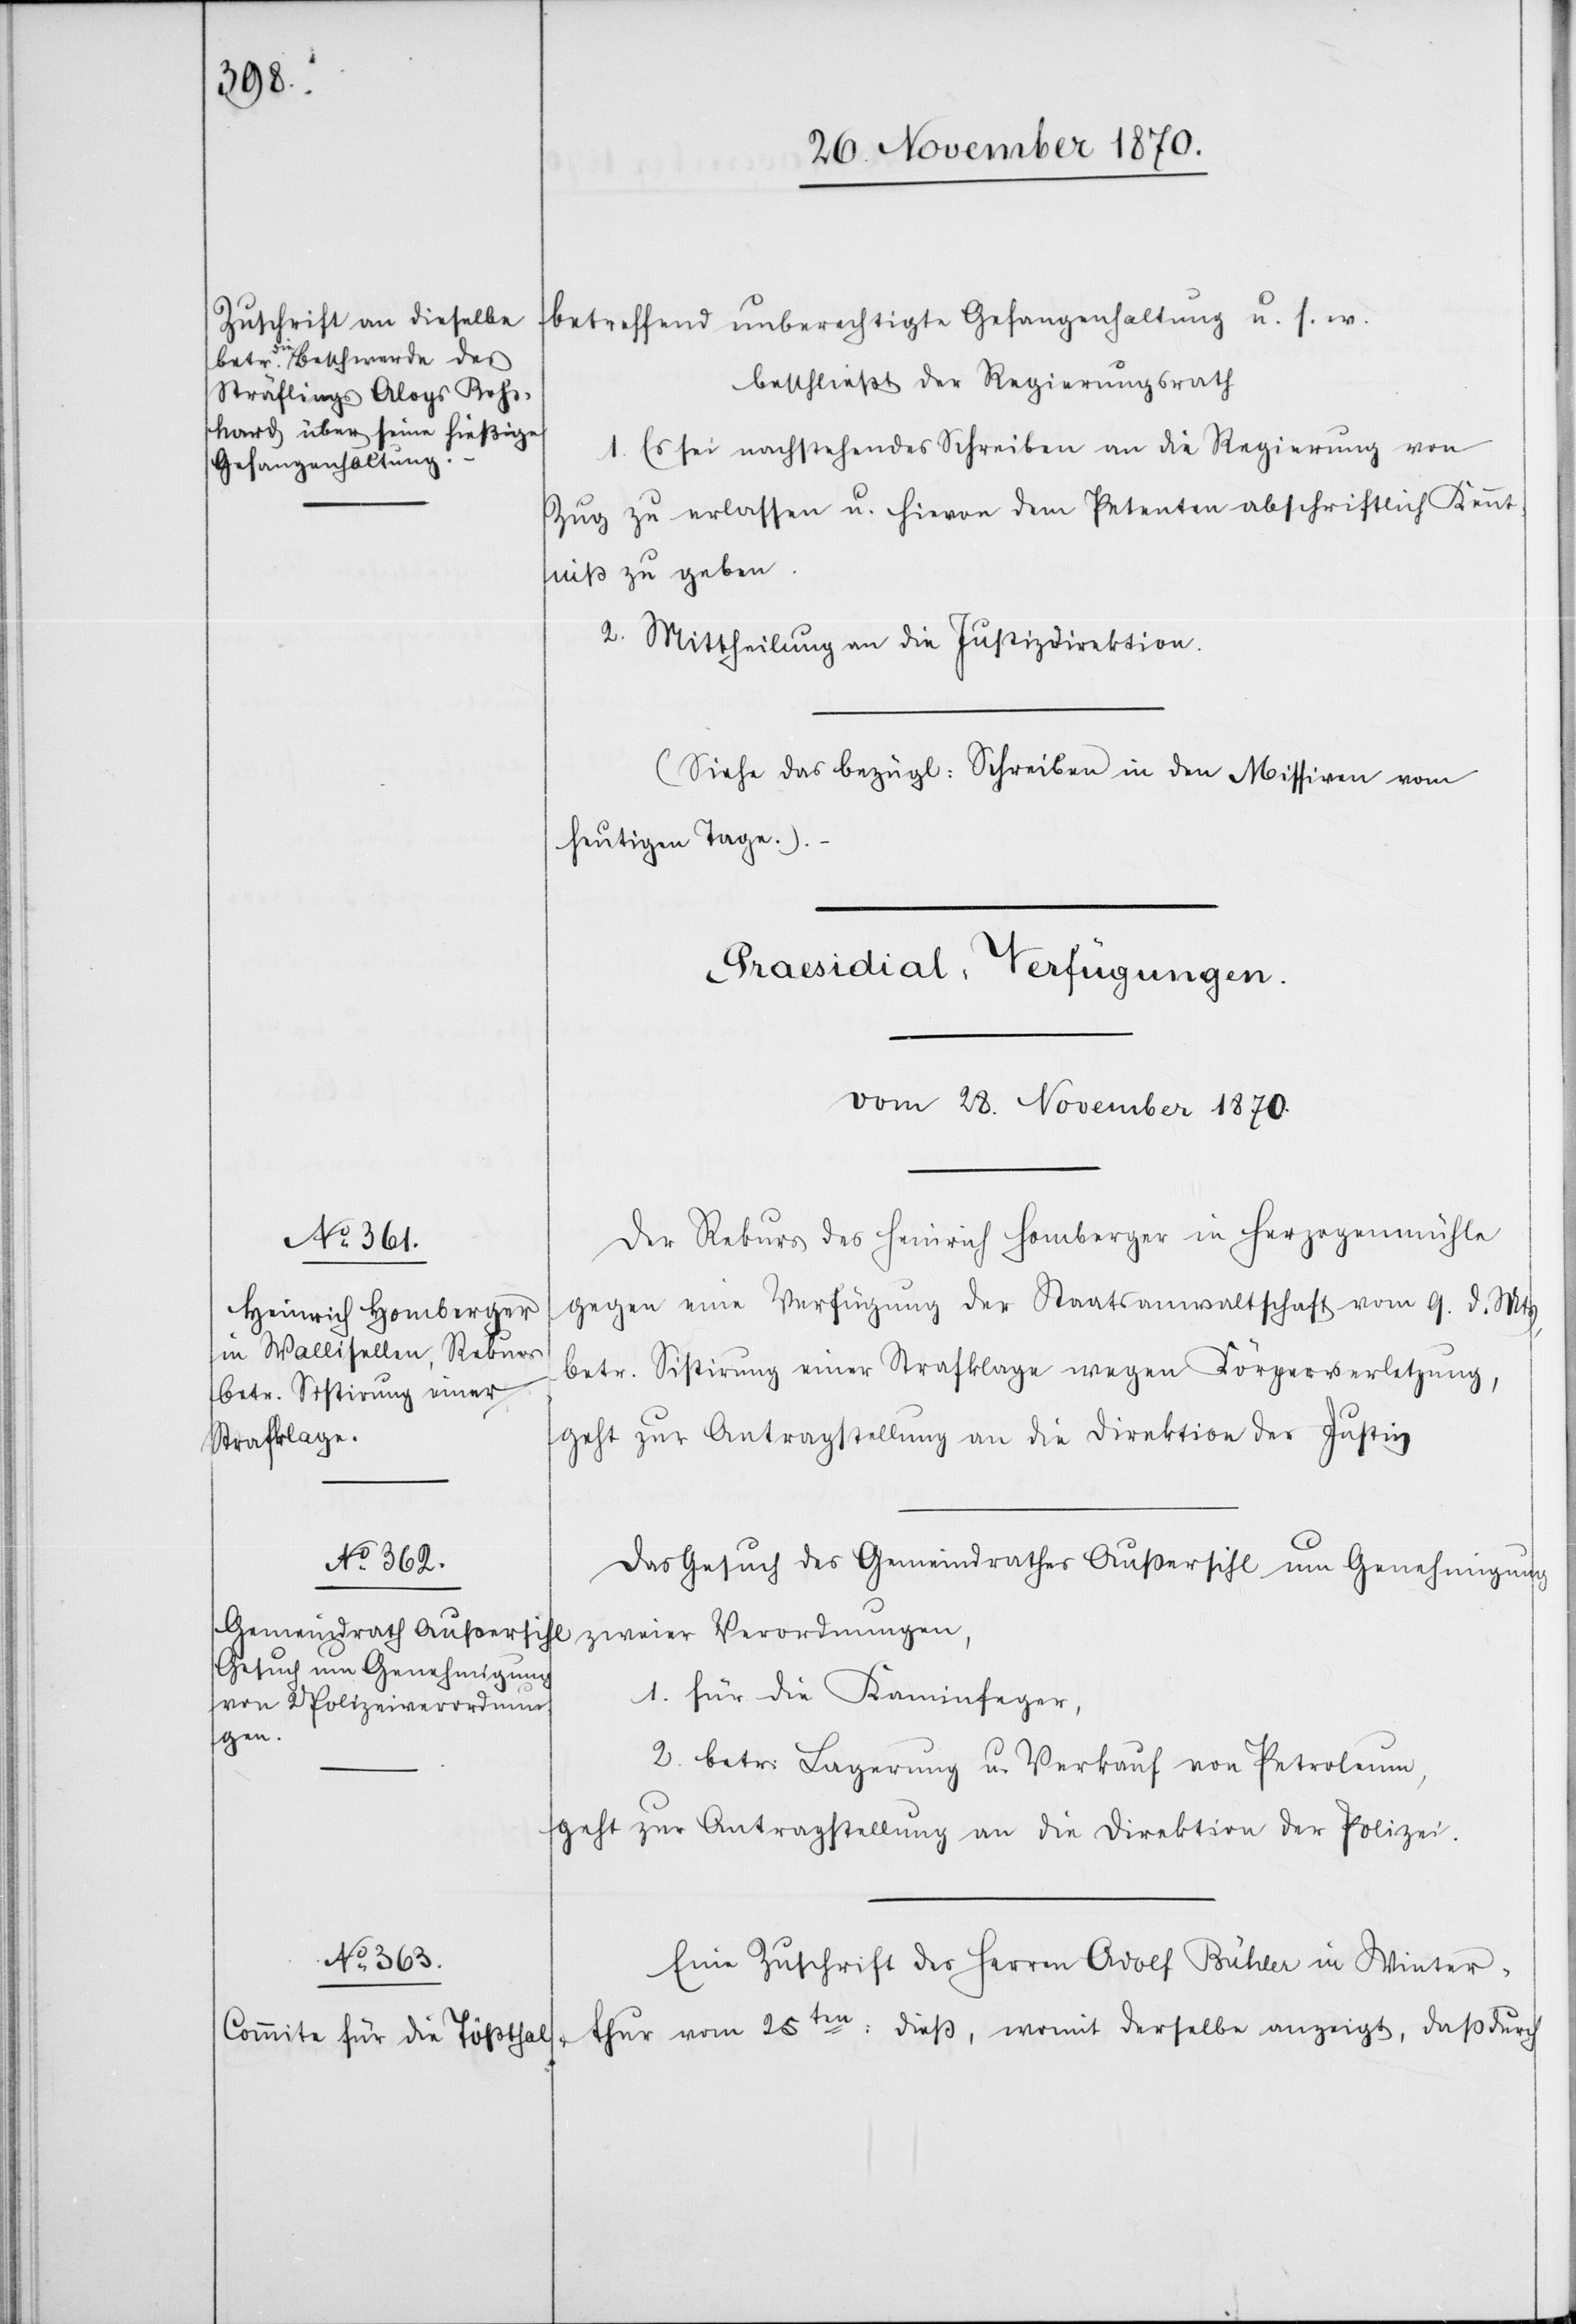
thur

betreffend unberechtigte Gefangenhaltung u. s. w.
beschließt der Regierungsrath
Es sei nachstehendes Schreiben an die Regierung von
1.
Zug zu erlassen u. hievon dem Petenten abschriftlich Kennt¬
niß zu geben.
2. Mittheilung an die Justizdirektion.
(Siehe das bezügliche Schreiben in den Missiven vom
heutigen Tage.).
[Praesidial-Verfügungen.
vom 28. November 1870.]
Der Rekurs des Heinrich Homberger in Herzogenmühle
gegen eine Verfügung der Staatsanwaltschaft vom 9. d. Mts,
betr. Sistirung einer Strafklage wegen Körperverletzung,
geht zur Antragstellung an die Direktion der Justiz.
Das Gesuch des Gemeindrathes Außersihl um Genehmigung
zweier Verordnungen,
1. für die Kaminfeger,
2. betr. Lagerung u. Verkauf von Petroleum,
geht zur Antragstellung an die Direktion der Polizei.
Eine Zuschrift des Herren Adolf Bühler in Winter¬